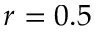
r = 0 . 5